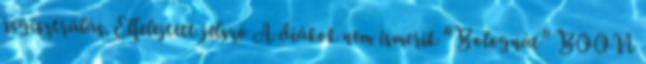
regisztrálás. Elfelejtett jelszó A diákok nem ismerik “Bolognát” BOON